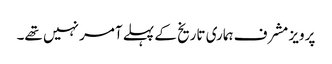
پرویز مشرف ہماری تاریخ کے پہلے آمر نہیں تھے۔